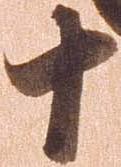
十